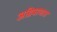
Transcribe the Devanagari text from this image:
अग्निबाणात